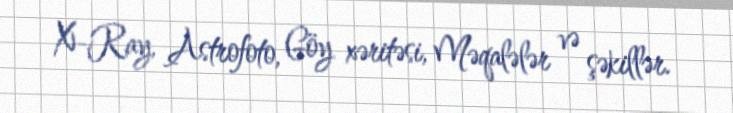
X-Ray, Astrofoto, Göy xəritəsi, Məqalələr və şəkillər.